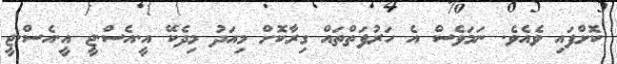
ކޮށްފައި ވެއެވެ. ނަމަވެސް އެ ހަރުފަތްތައް ގިރާކޮށް މިއަދު މިދެކޭ އީ.އެސް.ޖީ އީ.އެސް.ޖީ